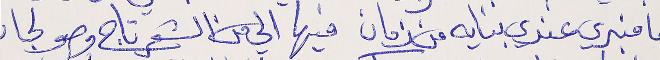
عا منبري عندي بنايه من زمان   فيها الي من الشعر تاج وصولجان